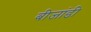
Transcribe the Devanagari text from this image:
बीजांडी